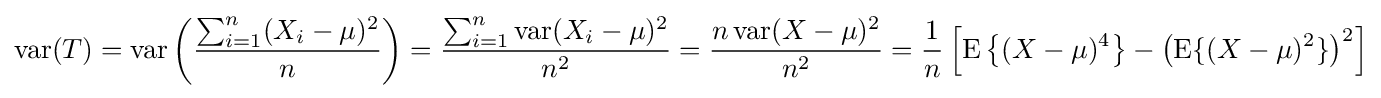
\operatorname {var} (T)=\operatorname {var} \left({\frac {\sum _{i=1}^{n}(X_{i}-\mu )^{2}}{n}}\right)={\frac {\sum _{i=1}^{n}\operatorname {var} (X_{i}-\mu )^{2}}{n^{2}}}={\frac {n\operatorname {var} (X-\mu )^{2}}{n^{2}}}={\frac {1}{n}}\left[\operatorname {E} \left\{(X-\mu )^{4}\right\}-\left(\operatorname {E} \{(X-\mu )^{2}\}\right)^{2}\right]